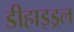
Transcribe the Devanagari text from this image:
डीहाइड्रल